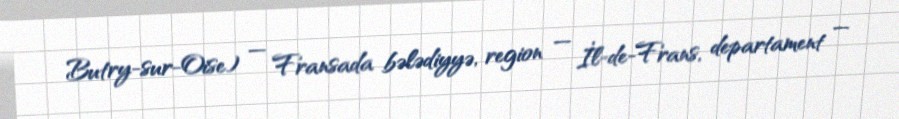
Butry-sur-Oise) — Fransada bələdiyyə, region — İl-de-Frans, departament —